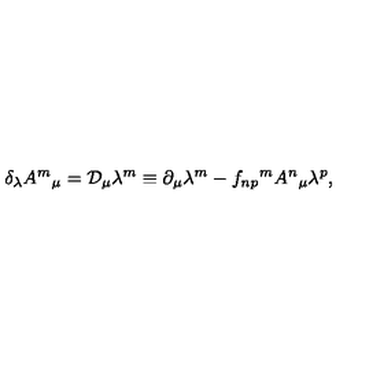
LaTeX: \delta _ { \lambda } A ^ { m } { } _ { \mu } = { \cal D } _ { \mu } \lambda ^ { m } \equiv \partial _ { \mu } \lambda ^ { m } - f _ { n p } { } ^ { m } A ^ { n } { } _ { \mu } \lambda ^ { p } ,